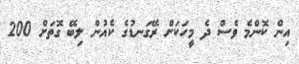
އިން ކޮންމެ ވެސް ދެ މީހަކަށް ރޭގަނޑުގެ ކެއުން ލިބޭ ގޮތަށް 200